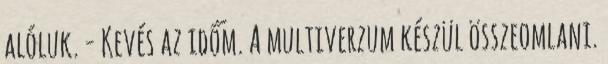
alóluk. - Kevés az időm. A multiverzum készül összeomlani.